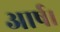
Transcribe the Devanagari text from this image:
आर्ष।